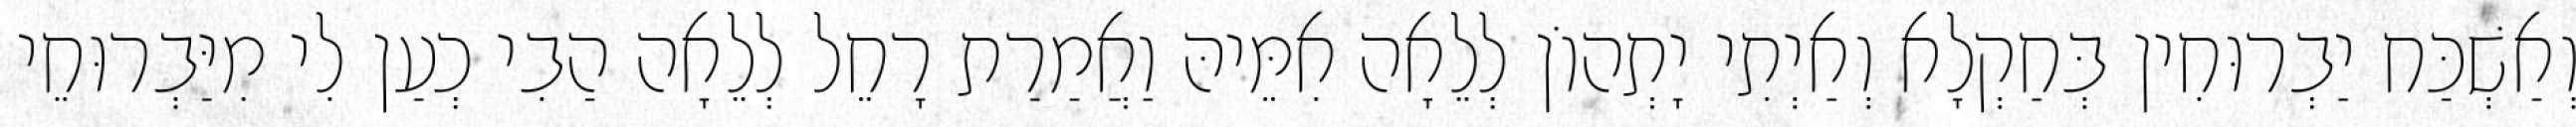
וְאַשְׁכַּח יַבְרוּחִין בְּחַקְלָא וְאַיְתִי יָתְהוֹן לְלֵאָה אִמֵּיהּ וַאֲמַרַת רָחֵל לְלֵאָה הַבִי כְעַן לִי מִיַּבְרוּחֵי